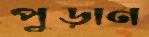
পুড়ান